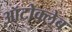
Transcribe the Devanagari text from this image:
ऑटोक्लेब